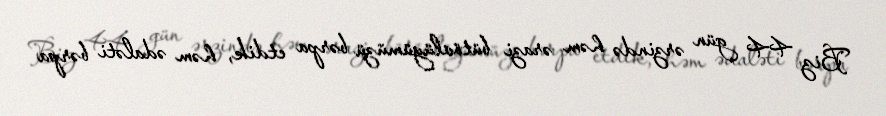
Biz 44 gün ərzində həm ərazi bütövlüyümüzü bərpa etdik, həm ədaləti bərpa